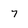
Character: 7